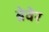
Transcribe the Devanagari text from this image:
ब्रेवेर